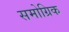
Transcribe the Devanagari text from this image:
समोग्रिक